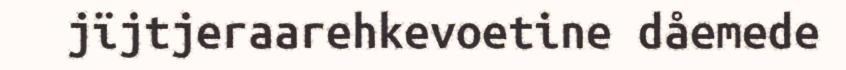
jïjtjeraarehkevoetine dåemede